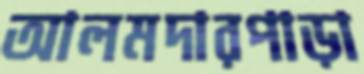
আলমদারপাড়া